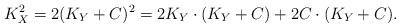
LaTeX: \begin{align*}K_X^2=2(K_Y+C)^2=2K_Y\cdot (K_Y+C) +2C\cdot (K_Y+C).\end{align*}